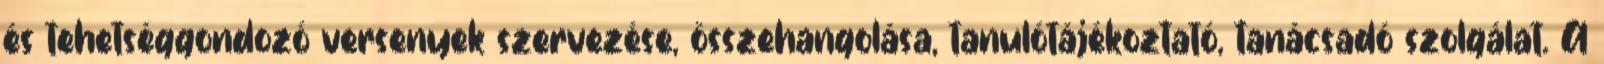
és tehetséggondozó versenyek szervezése, összehangolása, tanulótájékoztató, tanácsadó szolgálat. A